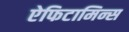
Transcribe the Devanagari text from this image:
ऐफिटामिन्स